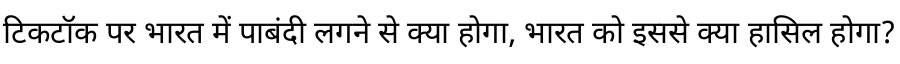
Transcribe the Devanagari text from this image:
टिकटॉक पर भारत में पाबंदी लगने से क्या होगा, भारत को इससे क्या हासिल होगा?